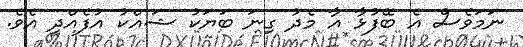
ނަމަވެސް އެ ބޭފުޅާ އާ މެދު ގިނަ ބަޔަކު ޝައްކު އުފެއްދި އެވެ.